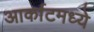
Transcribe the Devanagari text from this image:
आर्काटमध्ये